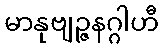
မာနုဗျဉ္ဇနဂ္ဂါဟီ